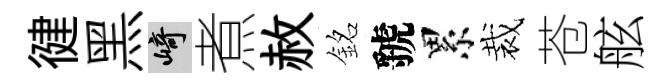
徤黑崎煮赦銘虢累裁苍舷